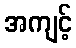
အကျင့်